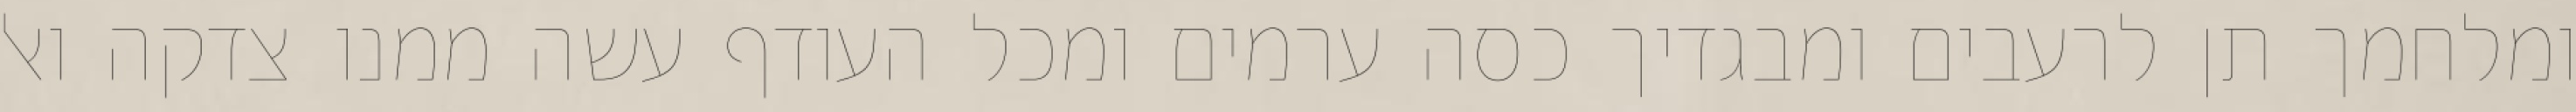
ומלחמך תן לרעבים ומבגדיך כסה ערמים ומכל העודף עשה ממנו צדקה ואל